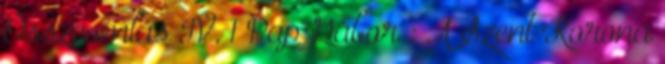
Összeomlás IV. 1 Pap Gábor : A Szent Korona